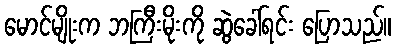
မောင်မျိုးက ဘကြီးမိုးကို ဆွဲခေါ်ရင်း ပြောသည်။